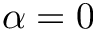
\alpha = 0